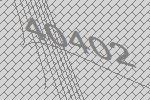
40402